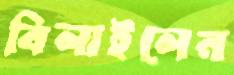
বিলাইলেন